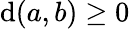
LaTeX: \mathrm{d}(a,b)\geq0